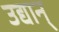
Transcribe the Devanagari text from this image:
उद्यान्